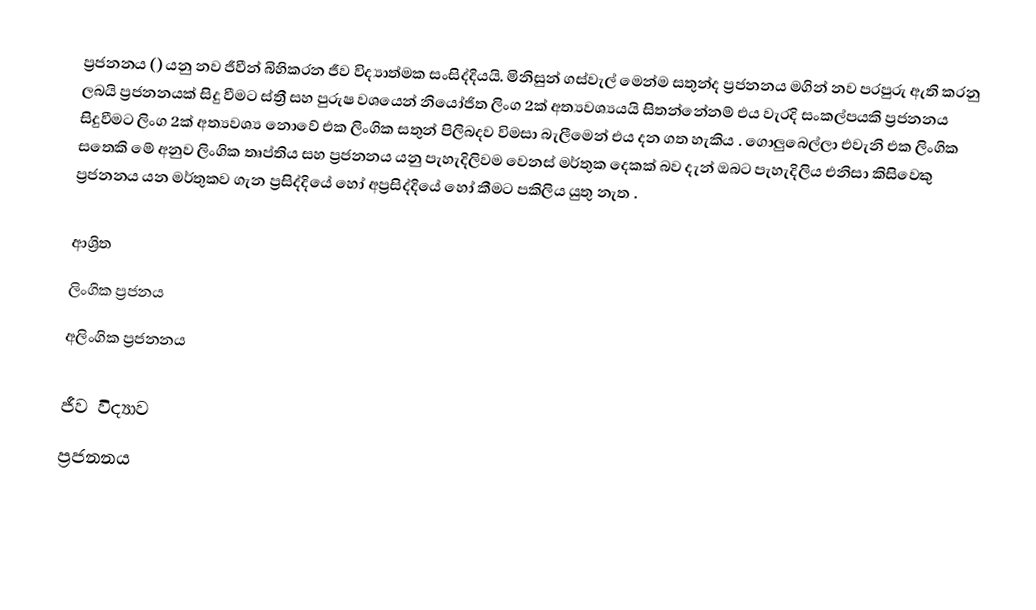
ප්‍රජනනය () යනු නව ජීවීන් බිහිකරන ජීව විද්‍යාත්මක සංසිද්දියයි. මිනිසුන් ගස්වැල් මෙන්ම සතුන්ද ප්‍රජනනය මගින් නව පරපුරු ඇති කරනු ලබයි ප්‍රජනනයක් සිදු වීමට ස්ත්‍රී සහ පුරුෂ වශයෙන් නියෝජිත ලිංග 2ක් අත්‍යවශ්‍යයයි සිතන්නේනම් එය වැරදි සංකල්පයකි ප්‍රජනනය සිදුවීමට ලිංග 2ක් අත්‍යවශ්‍ය නොවේ එක ලිංගික සතුන් පිලිබදව විමසා බැලීමෙන් එය දන ගත හැකිය . ගොලුබෙල්ලා එවැනි එක ලිංගික සතෙකි මේ අනුව ලිංගික තෘප්තිය සහ ප්‍රජනනය යනු පැහැදිලිවම වෙනස් මර්තුක දෙකක් බව දැන් ඔබට පැහැදිලිය එනිසා කිසිවෙකු ප්‍රජනනය යන මර්තුකව ගැන ප්‍රසිද්දියේ හෝ අප්‍රසිද්දියේ හෝ කීමට පකිලිය යුතු නැත .

ආශ්‍රිත
 ලිංගික ප්‍රජනය
 අලිංගික ප්‍රජනනය

ජීව විද්‍යාව
ප්‍රජනනය